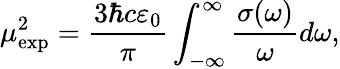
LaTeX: \mu_{\textrm{exp}}^{2}=\frac{3\hbar c\varepsilon_{0}}{\pi}\int_{-\infty}^{\infty}\frac{\sigma(\omega)}{\omega}d\omega,